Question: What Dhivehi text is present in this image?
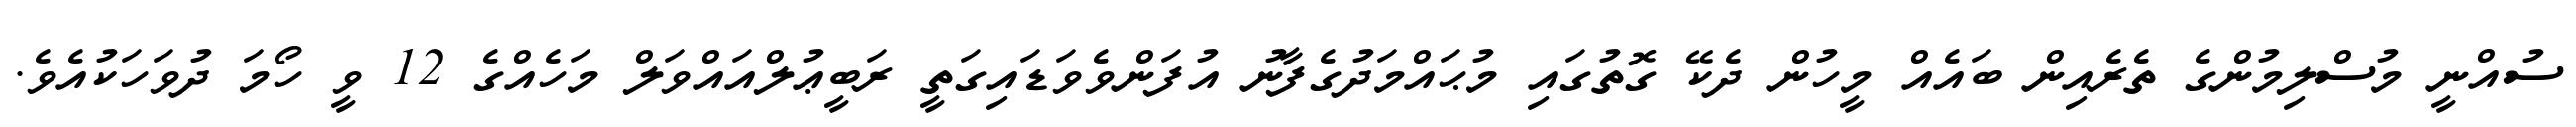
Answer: ސުއްނީ މުސްލިމުންގެ ތެރެއިން ބައެއް މީހުން ދެކޭ ގޮތުގައި މުޙައްމަދުގެފާނު އުފަންވެވަޑައިގަތީ ރަބީޢުލްއައްވަލް މަހެއްގެ 12 ވީ ހޯމަ ދުވަހަކުއެވެ.